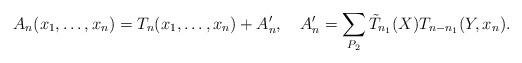
LaTeX: \begin{align*}A_n(x_1,\ldots ,x_n)=T_n(x_1,\ldots ,x_n)+A'_n, \quad A'_n=\sum_{P_2} \tilde{T}_{n_1}(X)T_{n-n_1}(Y,x_n).\end{align*}